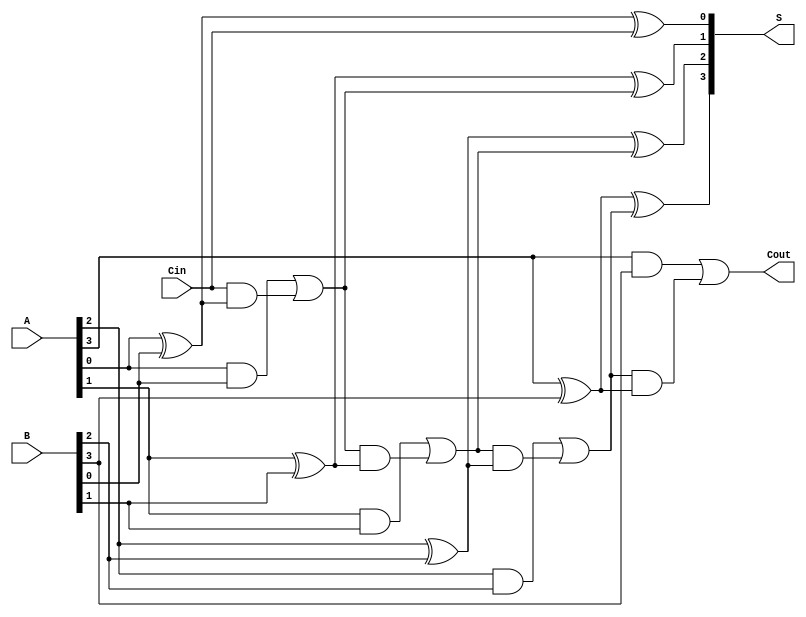
module ParallelFullAdder #(parameter n = 4) (
    input  [n-1:0] A,      // First multi-bit binary number
    input  [n-1:0] B,      // Second multi-bit binary number
    input         Cin,      // Carry-in for the least significant bit
    output [n-1:0] S,      // Sum output
    output        Cout      // Carry-out from the most significant bit
);

    wire [n:0] carry; // Carry wires for each stage (n+1 to handle Cout)

    // Assign the initial carry
    assign carry[0] = Cin;

    // Generate the sum and carry for each bit
    genvar i;
    generate
        for (i = 0; i < n; i = i + 1) begin : full_adder
            // Sum calculation
            assign S[i] = A[i] ^ B[i] ^ carry[i];
            // Carry calculation
            assign carry[i + 1] = (A[i] & B[i]) | (carry[i] & (A[i] ^ B[i]));
        end
    endgenerate

    // Final carry-out
    assign Cout = carry[n];

endmodule